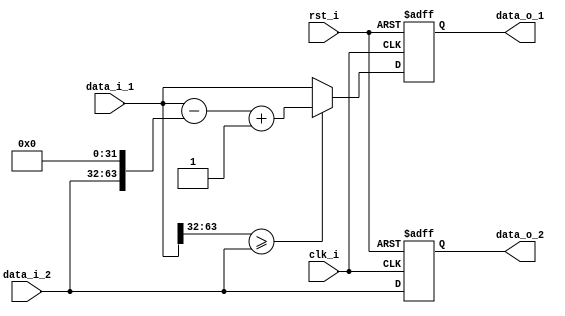
module div_pipe(
        rst_i,
	    clk_i,
		data_i_1,
		data_i_2,		   	
	    data_o_1,
	    data_o_2
	);


input                    rst_i;
input                    clk_i;		 
input      [64-1: 0]     data_i_1;
input      [32-1: 0]     data_i_2;
output reg [64-1: 0]     data_o_1;
output reg [32-1: 0]     data_o_2;
	  
always @(posedge clk_i or negedge  rst_i) begin
	 if( rst_i == 0)begin
	   data_o_1 <= 0;
	   data_o_2 <= 0;
	 end
    else begin
	    if(data_i_1[63:32]>=data_i_2)begin		
		    data_o_1 <= data_i_1 - {data_i_2,32'b0} + 1'b1;
			data_o_2 <= data_i_2;
		end
		else begin
		    data_o_1 <= data_i_1;
			data_o_2 <= data_i_2;
	    end
	end
end

endmodule